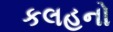
કલહનો